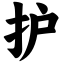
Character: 护